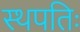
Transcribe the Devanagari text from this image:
स्थपतिः